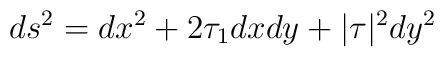
ds^{2}= dx^{2}+2\tau_{1}dx dy+ |\tau|^{2} dy^{2}